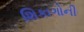
શિકાગોની